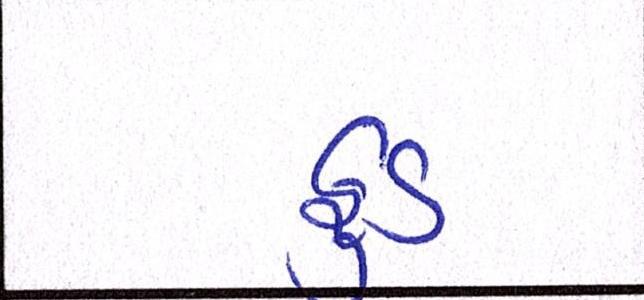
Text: ફુડ